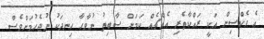
ޢެ ވެކްސިން އަކީ ރައްކާތެރި އެއްޗެއް ކަމަށް ސާބިތު ނުވާހާ ހިނދަކު ނުޖެހުމަށްވެސް